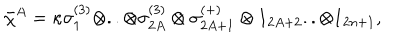
\bar { \chi } ^ { A } = \kappa \sigma _ { 1 } ^ { ( 3 ) } \otimes . . \otimes \sigma _ { 2 A } ^ { ( 3 ) } \otimes \sigma _ { 2 A + 1 } ^ { ( + ) } \otimes 1 _ { 2 A + 2 } . . \otimes 1 _ { 2 n + 1 } ,